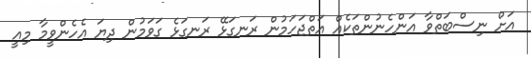
އަށް ނިސްބަތްވާ އަންހެނުންތަކެއް އަތްޖަހަމުން ރަނގަޅޭ ރަނގަޅެ ގަވަމުން ދިޔަ އެހެންވީމާ މިއީ